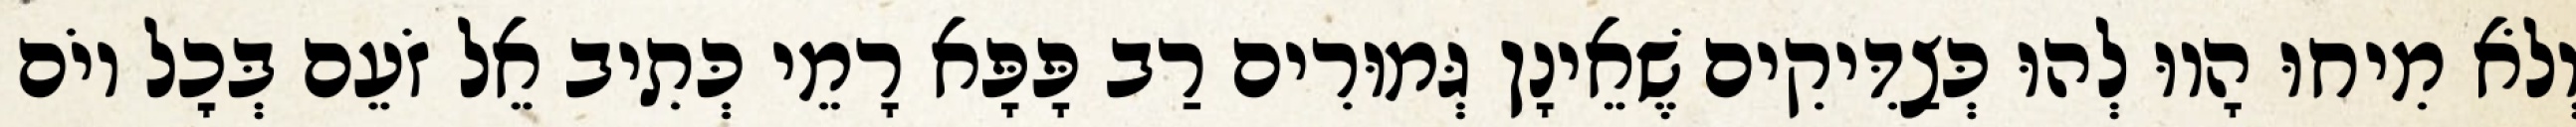
וְלֹא מִיחוּ הָווּ לְהוּ כְּצַדִּיקִים שֶׁאֵינָן גְּמוּרִים רַב פָּפָּא רָמֵי כְּתִיב אֵל זֹעֵם בְּכׇל יוֹם